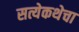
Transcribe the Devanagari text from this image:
सत्येकथेचा